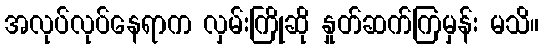
အလုပ်လုပ်နေရာက လှမ်းကြိုဆို နှုတ်ဆက်ကြမှန်း မသိ။